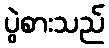
ပွဲစားသည်